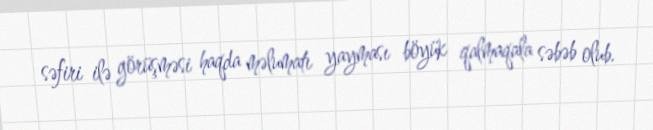
səfiri ilə görüşməsi haqda məlumatı yayması böyük qalmaqala səbəb olub.